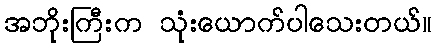
အဘိုးကြီးက သုံးယောက်ပါသေးတယ်။